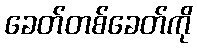
ခေတ်တစ်ခေတ်ကို